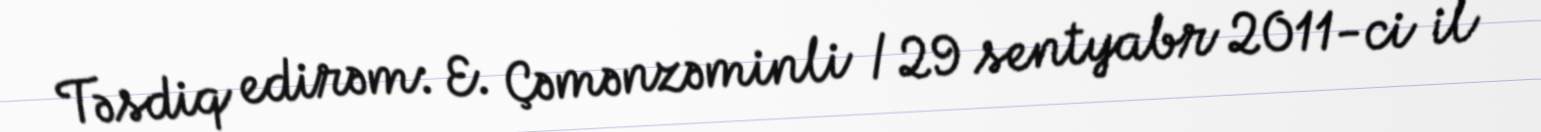
Təsdiq edirəm: E. Çəmənzəminli / 29 sentyabr 2011-ci il